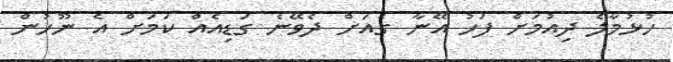
ހުޅުމާލެ ދިއުމަށް ފަހު އޭނާ ގެއަށް ދެވޭނެ ގަޑިއެއް ކަމަށް އެ ނޫހުން